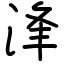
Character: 浲